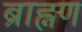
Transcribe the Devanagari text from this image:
ब्राह्नण